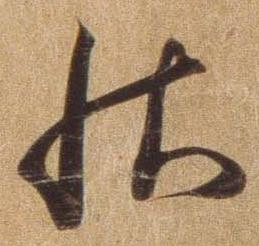
秋